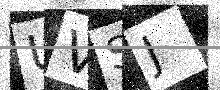
Text: UVSJ